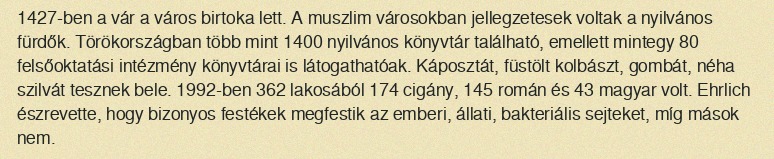
1427-ben a vár a város birtoka lett. A muszlim városokban jellegzetesek voltak a nyilvános fürdők. Törökországban több mint 1400 nyilvános könyvtár található, emellett mintegy 80 felsőoktatási intézmény könyvtárai is látogathatóak. Káposztát, füstölt kolbászt, gombát, néha szilvát tesznek bele. 1992-ben 362 lakosából 174 cigány, 145 román és 43 magyar volt. Ehrlich észrevette, hogy bizonyos festékek megfestik az emberi, állati, bakteriális sejteket, míg mások nem.